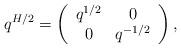
LaTeX: \begin{align*}q^{H/2} = \left( \begin{array}{cc}q^{1/2} & 0 \\0 & q^{-1/2}\end{array}\right),\end{align*}